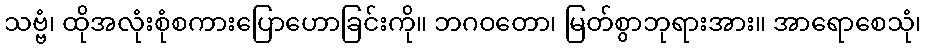
သဗ္ဗံ၊ ထိုအလုံးစုံစကားပြောဟောခြင်းကို။ ဘဂဝတော၊ မြတ်စွာဘုရားအား။ အာရောစေသုံ၊